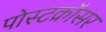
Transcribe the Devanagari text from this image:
पोस्टक्रॉसर